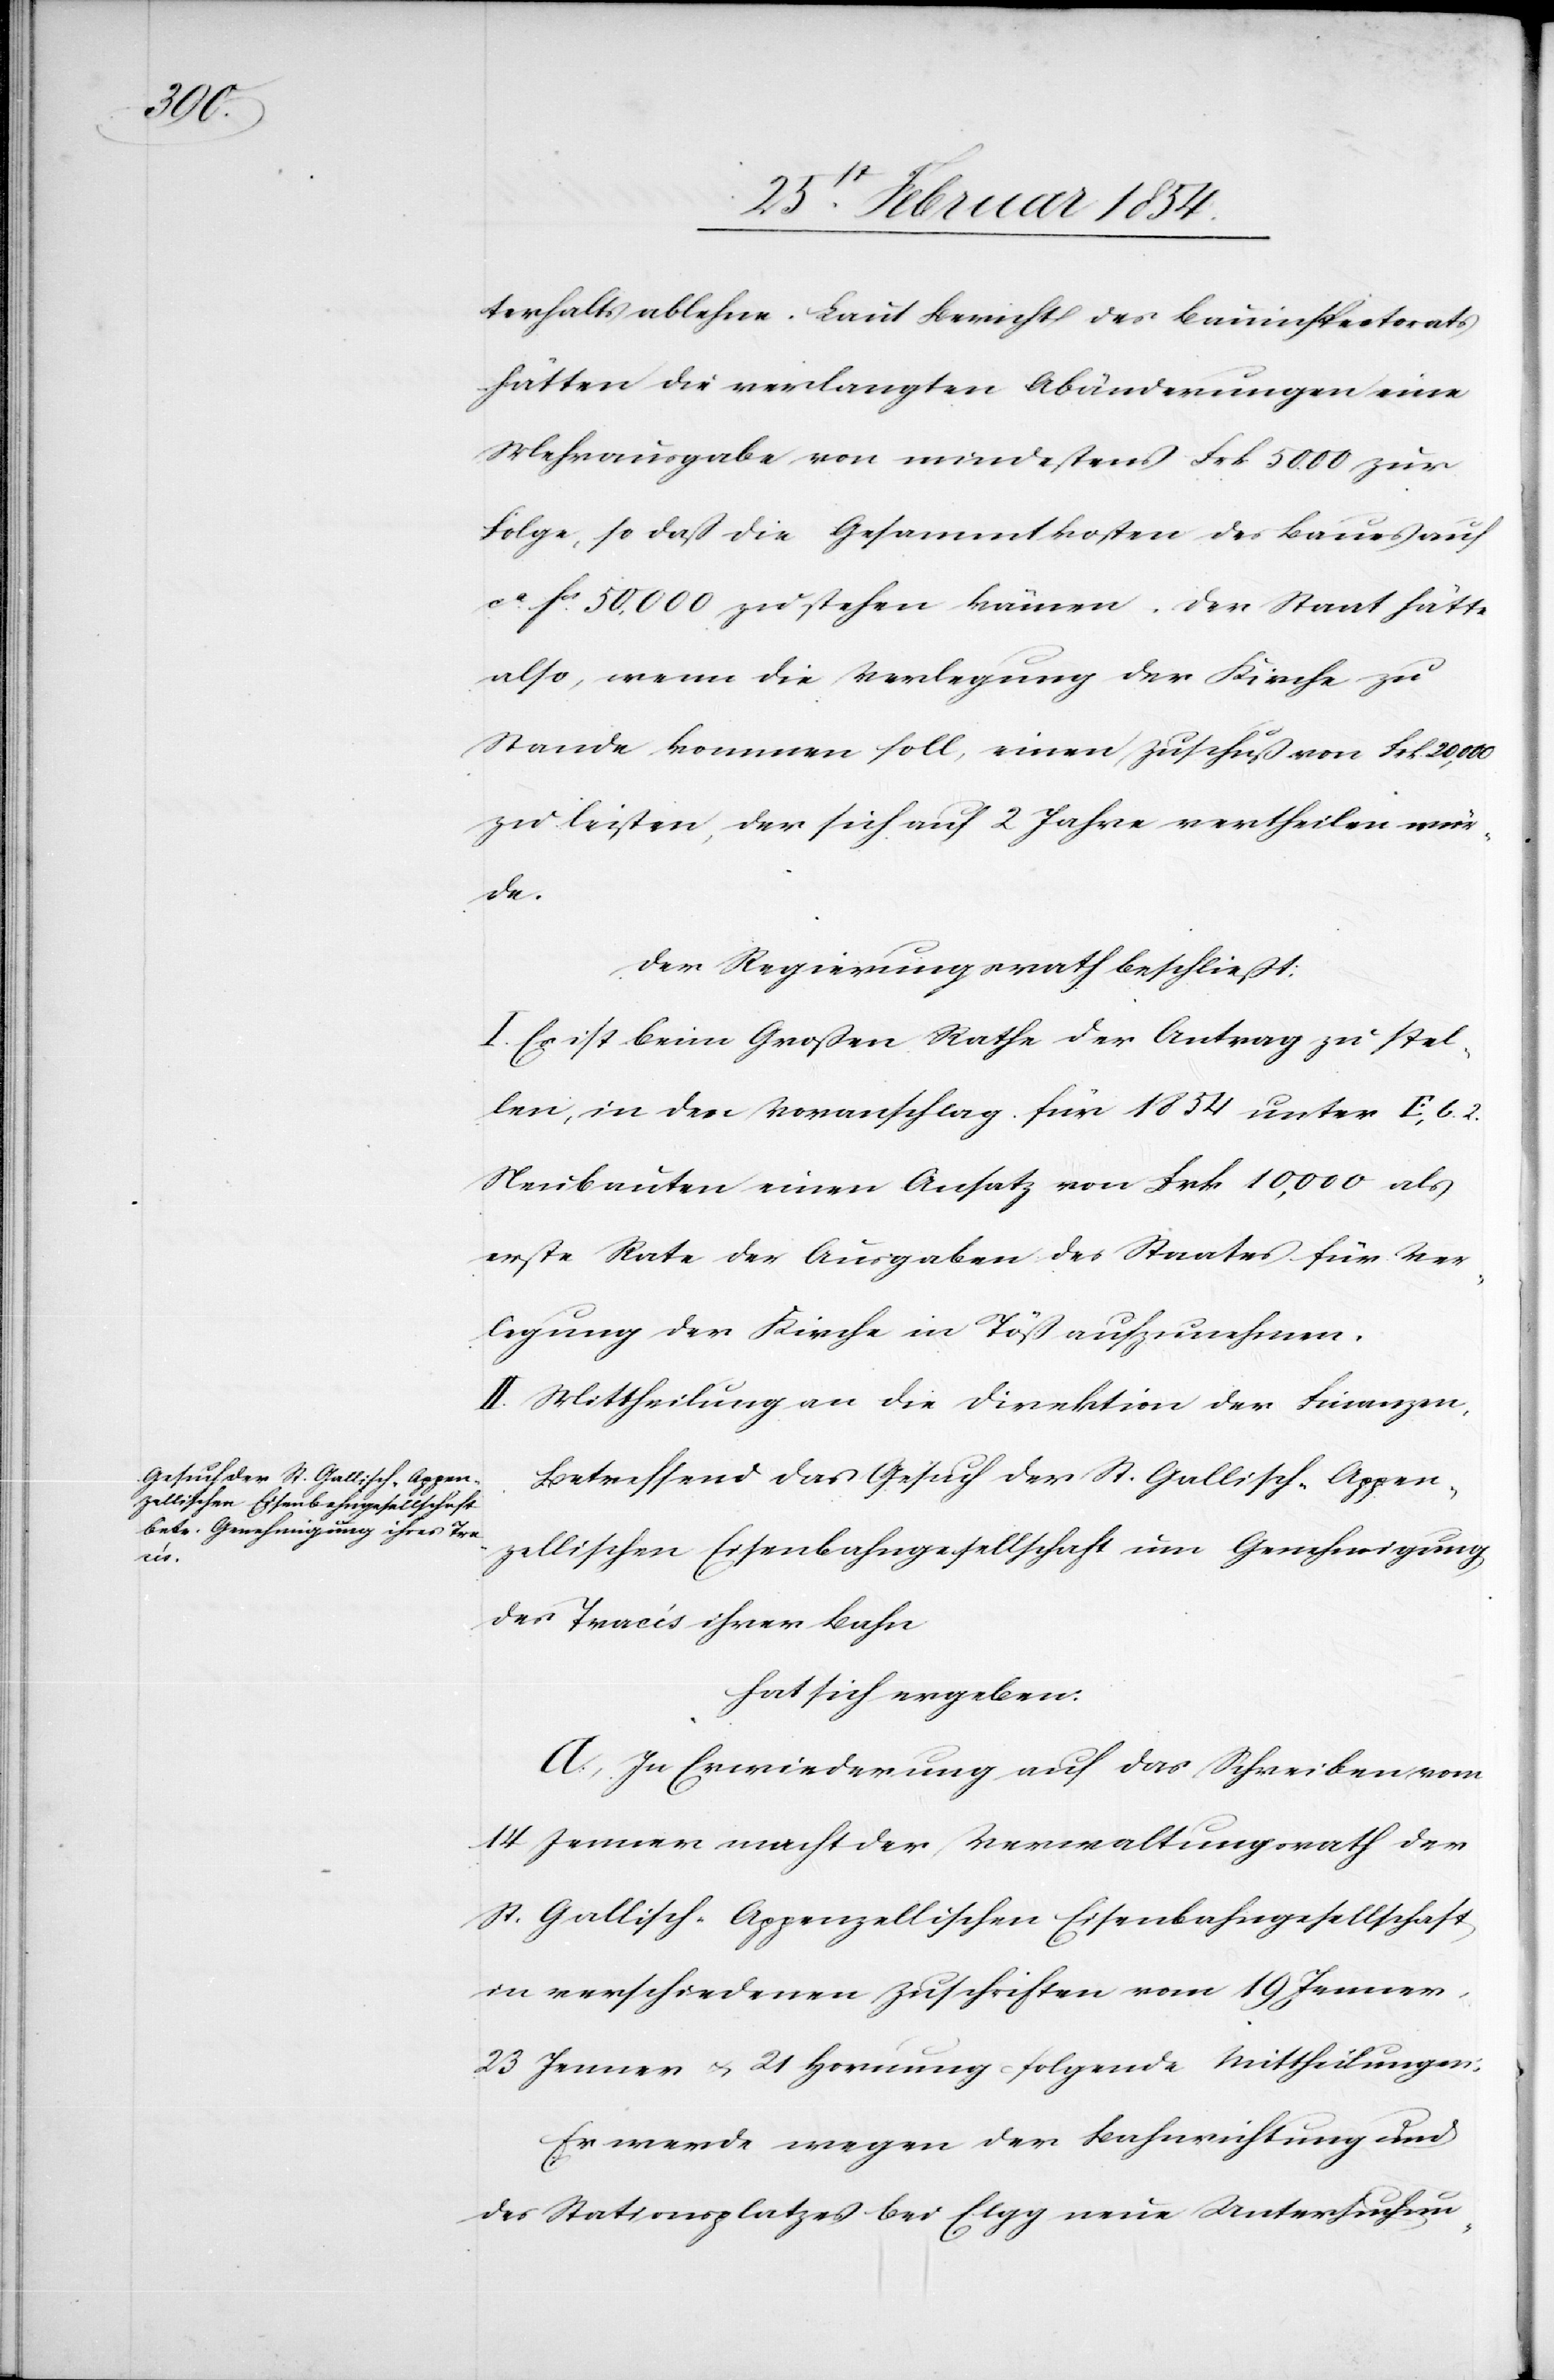
halts ablehne. Laut Bericht des Bauinspecorats
hätten die verlangten Abänderungen eine
Mehrausgabe von mindestens Frk. 5000 zur
Folge, so daß die Gesammtkosten des Baues auf
ca Fcs 50, 000 zu stehen kämen. Der Staat hätte
also, wenn die Verlegung der Kirche zu
Stande kommen soll, einen Zuschuß von Frk. 20, 000
zu leisten, der sich auf 2 Jahre ertheilen wür¬
de.
Der Regierungsrath beschließt:
I. Es ist beim Großen Rath der Antrag zu stel¬
len, in den Voranschlag für 1854 unter E, b.
Neubauten einen Ansatz von Frk 10, 000 als
erste Rate der Ausgaben des Staates für Ver¬
legung der Kirche in Töß aufzunehmen.
II. Mittheilung an die Direktion der Finanzen.
Betreffend das Gesuch der St. Gallisch-Appen¬
zellischen Eisenbahngesellschaft um Genehmigung
des Tracés ihrer Bahn
hat sich ergeben:
A. In Erwiederung auf das Schreien vom
14 Jenner macht der Verwaltungsrath der
St. Gallisch-Appenzellischen Eisenbahngesellschaft
in verschiedenen Zuschrift vom 19 Jenner,
23 Jenner u. 21 Hornung folgende Mittheilungen:
Er werde wegen der Bahnrichtung und
des Stationsplatzes bei Elgg neue Untersuchun-